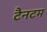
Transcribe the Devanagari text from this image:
टैनटम